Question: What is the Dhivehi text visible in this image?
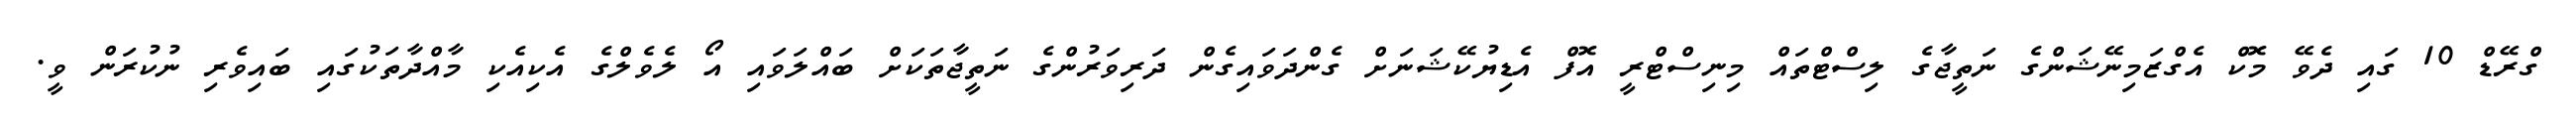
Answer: ގްރޭޑް 10 ގައި ދެވޭ މޮކް އެގްޒަމިނޭޝަންގެ ނަތީޖާގެ ލިސްޓްތައް މިނިސްޓްރީ އޮފް އެޑިޔުކޭޝަނަށް ގެންދަވައިގެން ދަރިވަރުންގެ ނަތީޖާތަކަށް ބައްލަވައި އޯ ލެވެލްގެ އެކިއެކި މާއްދާތަކުގައި ބައިވެރި ނުކުރަން ވީ.